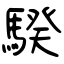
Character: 騤